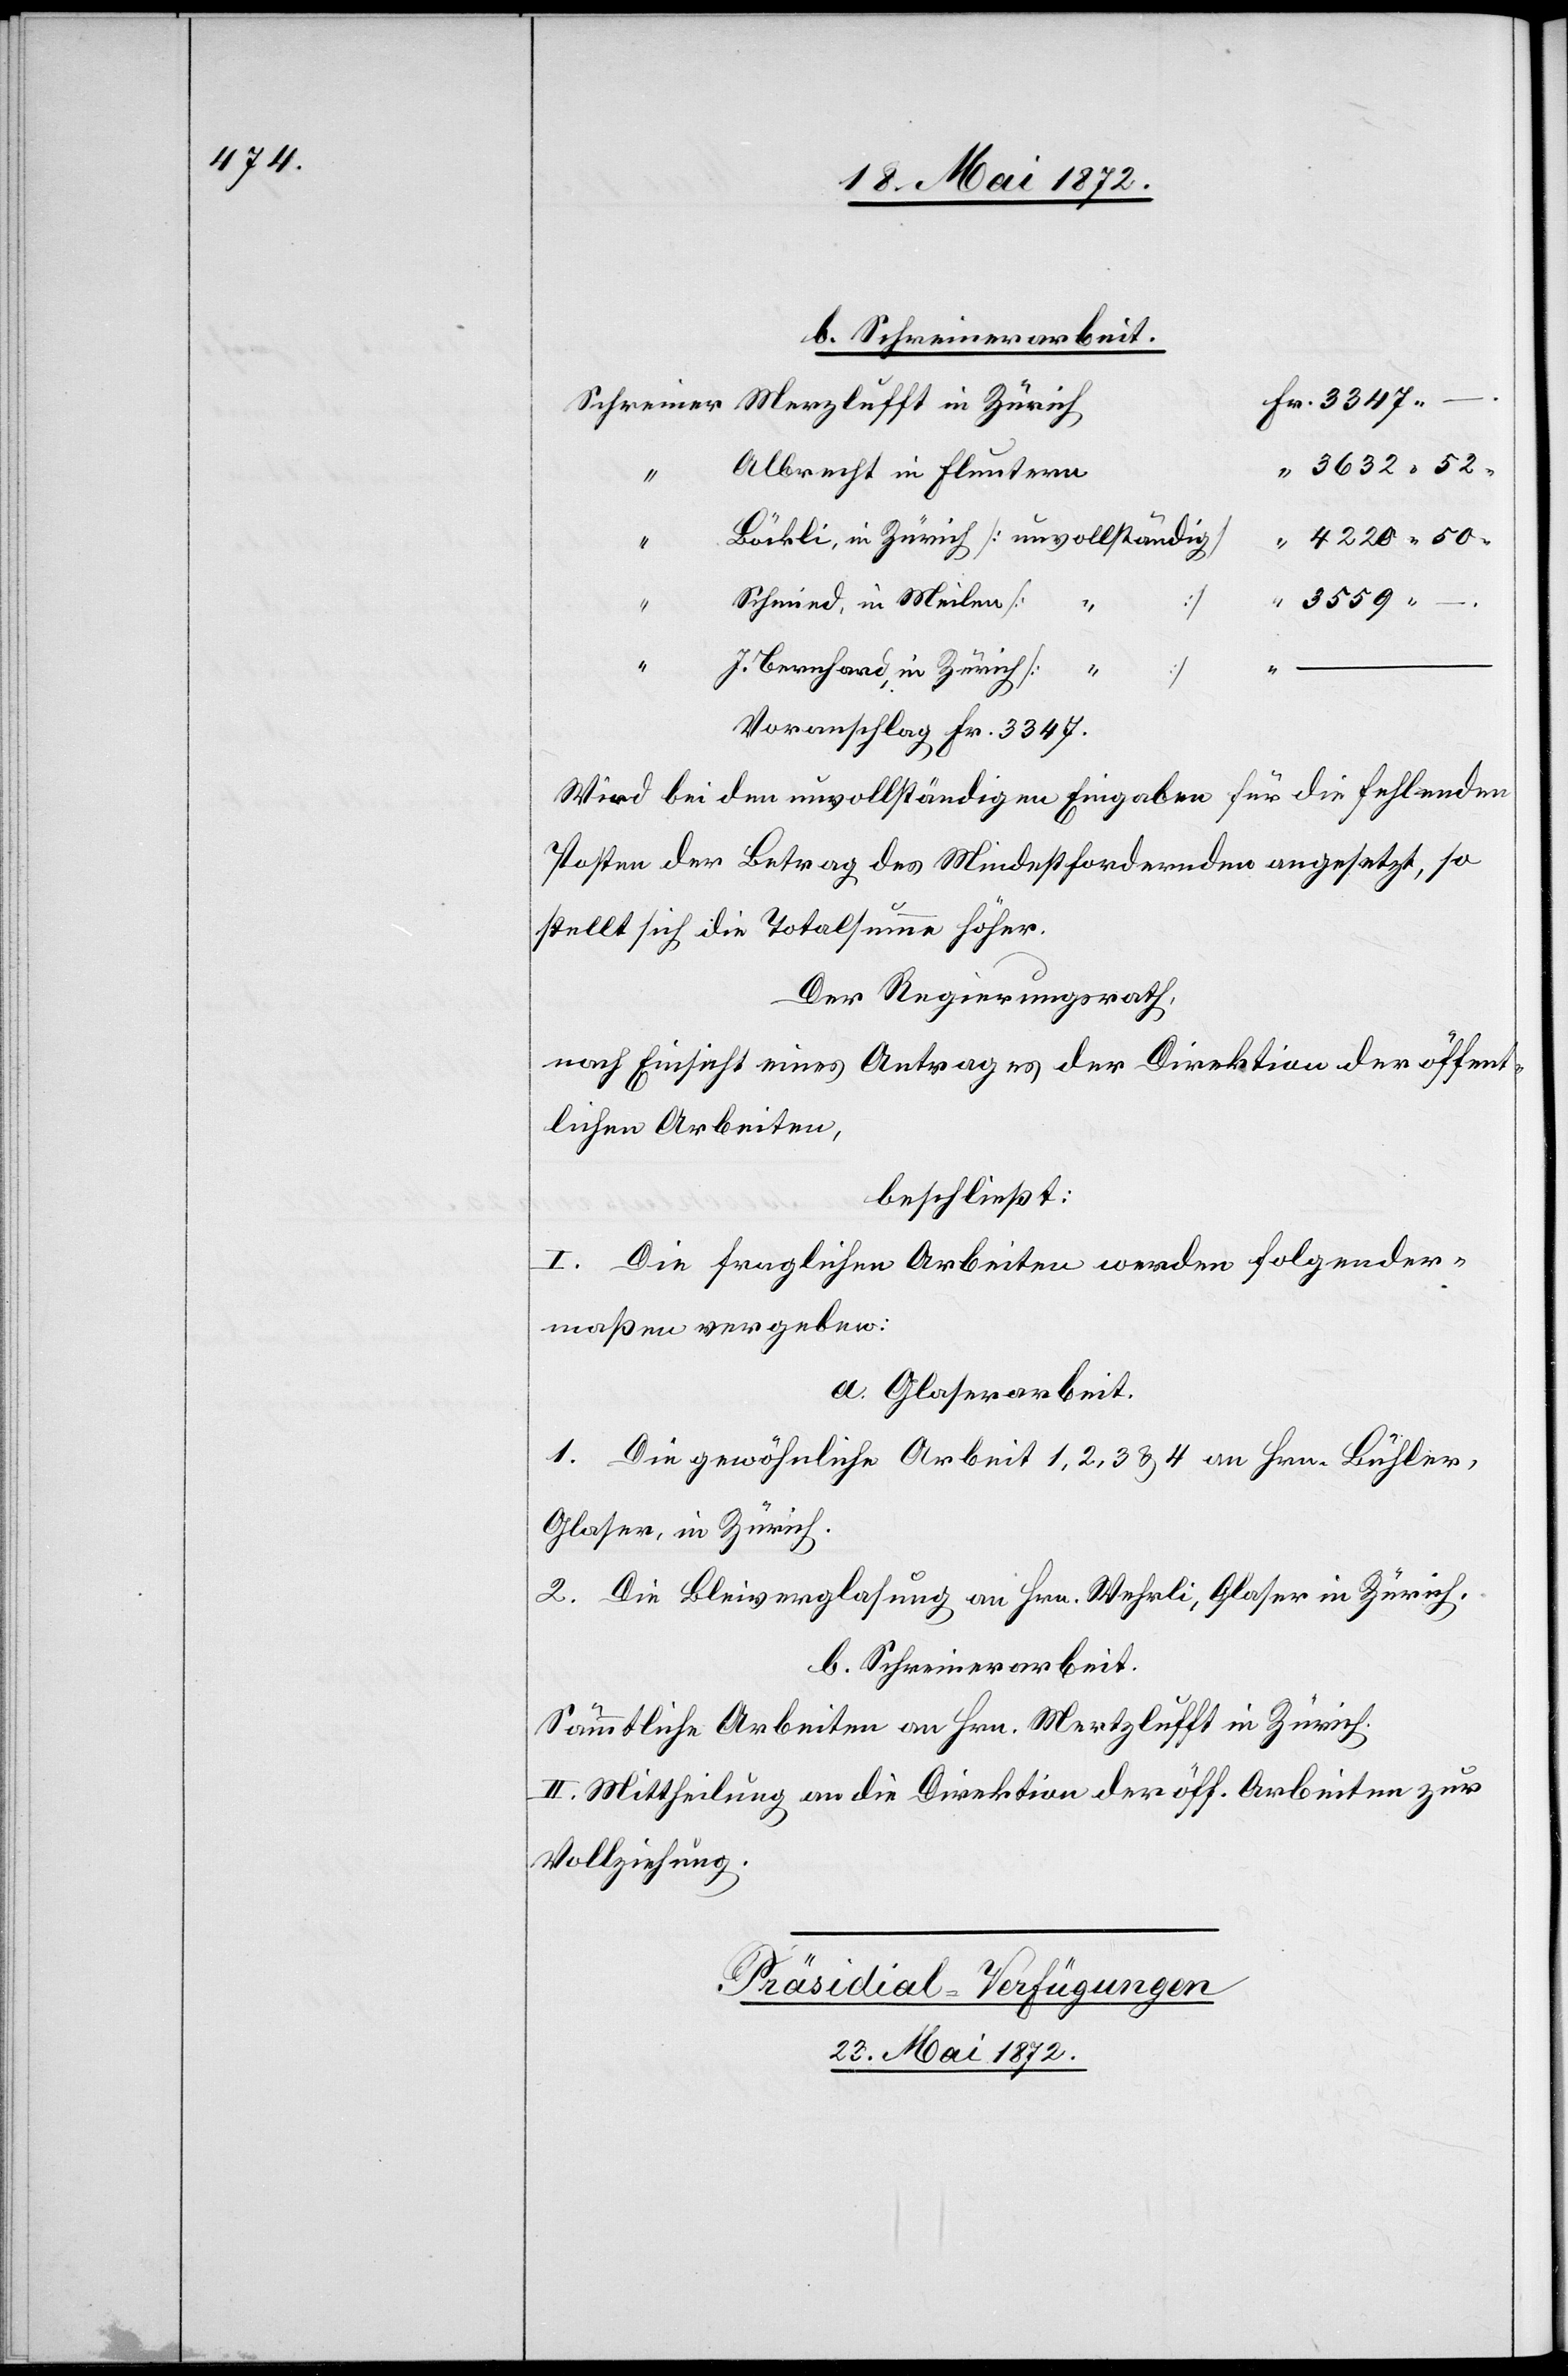
Albrecht in Fluntern
“
Schmied, in Meilen
3559
“ –
4220
.
“
J. Bernhard, in Zürich
[ “
Voranschlag Fr. 3347.
Wird bei den unvollständigen Eingaben für die fehlenden
Posten der Betrag des Mindestfordernden angesetzt, so
stellt sich die Totalsumme höher.
Der Regierungsrath,
nach Einsicht eines Antrages der Direktion der öffent¬
lichen Arbeiten,
beschließt:
I. Die fraglichen Arbeiten werden folgender¬
maßen vergeben:
a. Glaserarbeit.
1. Die gewöhnliche Arbeit 1, 2, 3, u. 4 an Hrn. Bühler,
Glaser, in Zürich.
2. Die Bleiverglasung an Hrn. Wehrli, Glaser in Zürich.
b. Schreinerarbeit.
Sämmtliche Arbeiten an Hrn. Mertzlufft [sic!] in Zürich.
II. Mittheilung an die Direktion der öff. Arbeiten zur
Vollziehung.